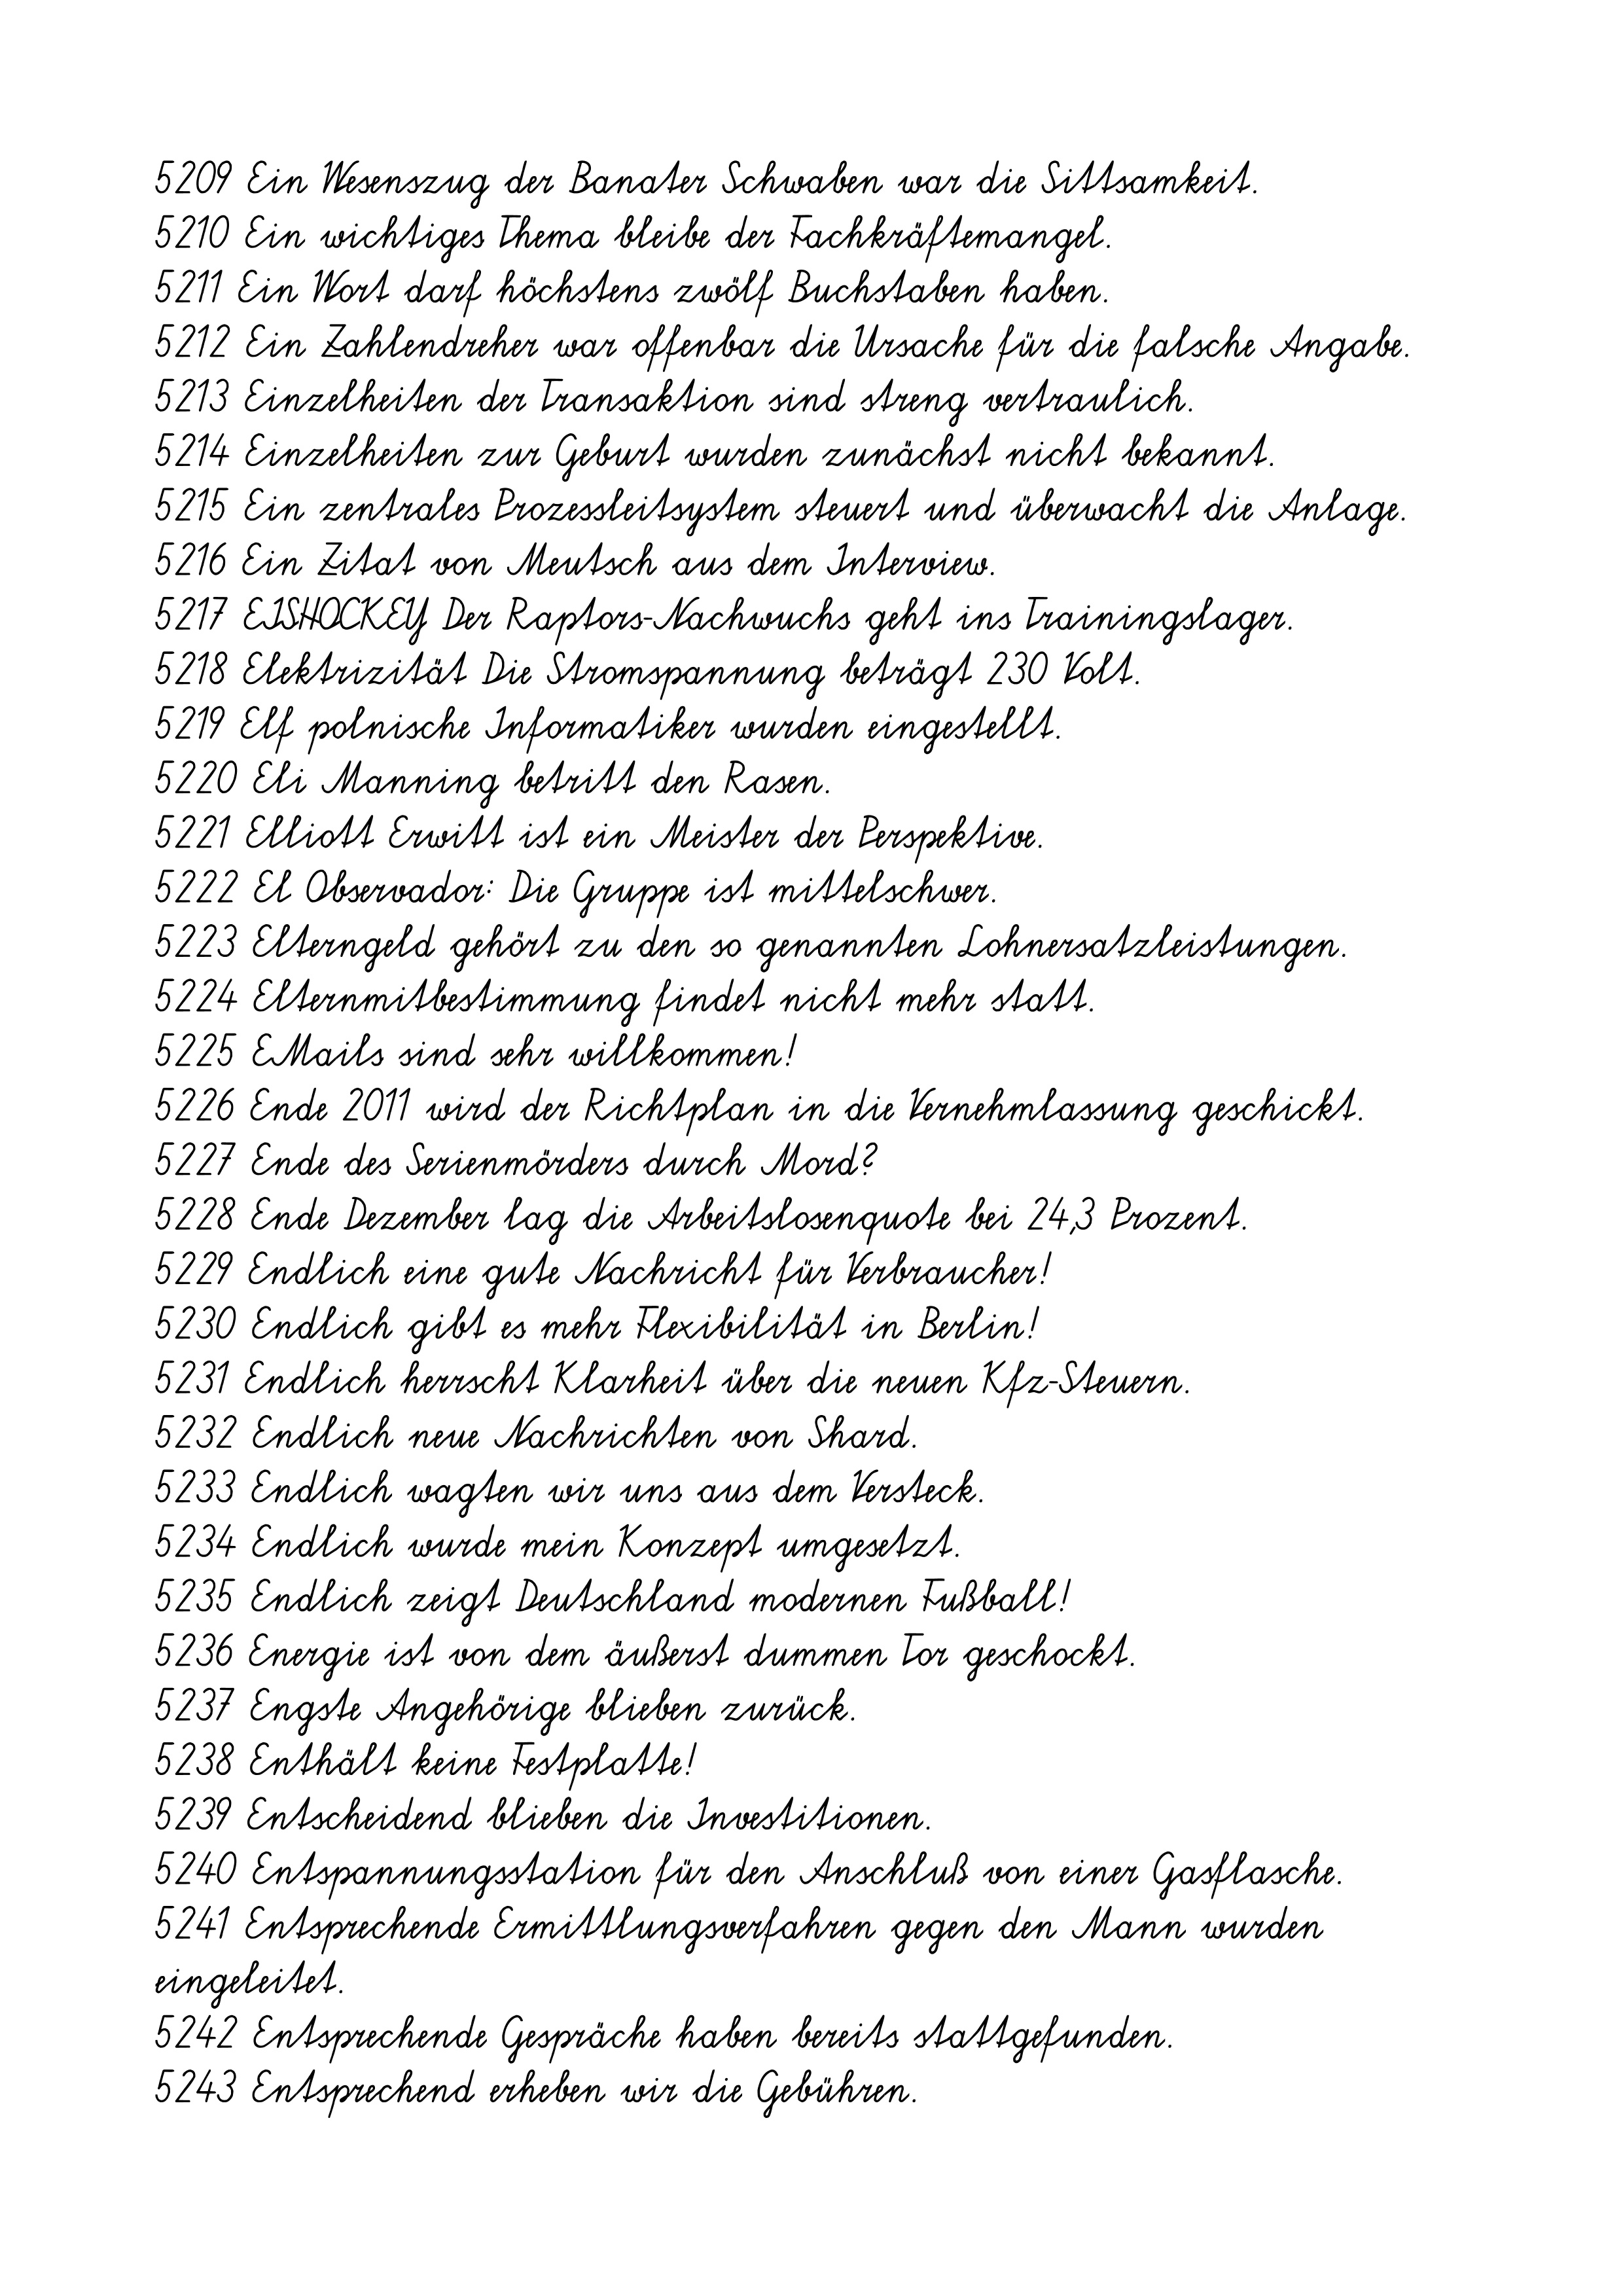
5209 Ein Wesenszug der Banater Schwaben war die Sittsamkeit.
5210 Ein wichtiges Thema bleibe der Fachkräftemangel.
5211 Ein Wort darf höchstens zwölf Buchstaben haben.
5212 Ein Zahlendreher war offenbar die Ursache für die falsche Angabe.
5213 Einzelheiten der Transaktion sind streng vertraulich.
5214 Einzelheiten zur Geburt wurden zunächst nicht bekannt.
5215 Ein zentrales Prozessleitsystem steuert und überwacht die Anlage.
5216 Ein Zitat von Meutsch aus dem Interview.
5217 EISHOCKEY Der Raptors-Nachwuchs geht ins Trainingslager.
5218 Elektrizität Die Stromspannung beträgt 230 Volt.
5219 Elf polnische Informatiker wurden eingestellt.
5220 Eli Manning betritt den Rasen.
5221 Elliott Erwitt ist ein Meister der Perspektive.
5222 El Observador: Die Gruppe ist mittelschwer.
5223 Elterngeld gehört zu den so genannten Lohnersatzleistungen.
5224 Elternmitbestimmung findet nicht mehr statt.
5225 EMails sind sehr willkommen!
5226 Ende 2011 wird der Richtplan in die Vernehmlassung geschickt.
5227 Ende des Serienmörders durch Mord?
5228 Ende Dezember lag die Arbeitslosenquote bei 24,3 Prozent.
5229 Endlich eine gute Nachricht für Verbraucher!
5230 Endlich gibt es mehr Flexibilität in Berlin!
5231 Endlich herrscht Klarheit über die neuen Kfz-Steuern.
5232 Endlich neue Nachrichten von Shard.
5233 Endlich wagten wir uns aus dem Versteck.
5234 Endlich wurde mein Konzept umgesetzt.
5235 Endlich zeigt Deutschland modernen Fußball!
5236 Energie ist von dem äußerst dummen Tor geschockt.
5237 Engste Angehörige blieben zurück.
5238 Enthält keine Festplatte!
5239 Entscheidend blieben die Investitionen.
5240 Entspannungsstation für den Anschluß von einer Gasflasche.
5241 Entsprechende Ermittlungsverfahren gegen den Mann wurden
eingeleitet.
5242 Entsprechende Gespräche haben bereits stattgefunden.
5243 Entsprechend erheben wir die Gebühren.